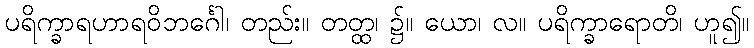
ပရိက္ခာရဟာရဝိဘင်္ဂေါ၊ တည်း။ တတ္ထ၊ ၌။ ယော၊ လ။ ပရိက္ခာရောတိ၊ ဟူ၍။